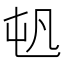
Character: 𡴉